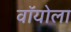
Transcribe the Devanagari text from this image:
वॉयोला